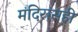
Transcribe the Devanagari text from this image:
मंदिरासही